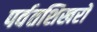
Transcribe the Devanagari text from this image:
पर्वतशिखरों